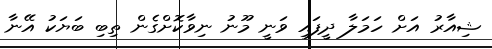
ޝިއާރު އަށް ހަމަލާ ދީީފައި ވަނީ މޫނު ނިވާކޮށްގެން ތިބި ބަޔަކު އޭނާ